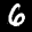
Label: 6